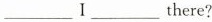
___Ⅰ___there?